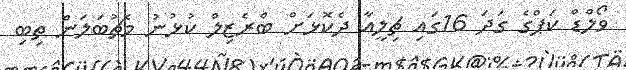
ވޯލްޑް ކަޕްގެ ގަދަ 16ގައި ޗިލީއާ ދެކޮޅަށް ބްރެޒިލް ކުޅުނު މެޗުބަލަން ތިބި